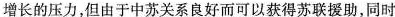
增长的压力，但由于中苏关系良好而可以获得苏联援助，同时